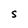
Character: S